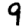
Digit: 9